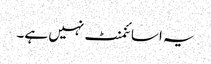
یہ اسائنمنٹ نہیں ہے۔